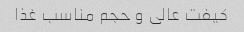
کیفت عالی و حجم مناسب غذا